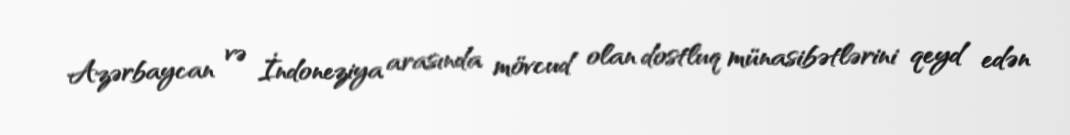
Azərbaycan və İndoneziya arasında mövcud olan dostluq münasibətlərini qeyd edən